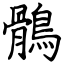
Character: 鶻